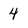
Character: 4